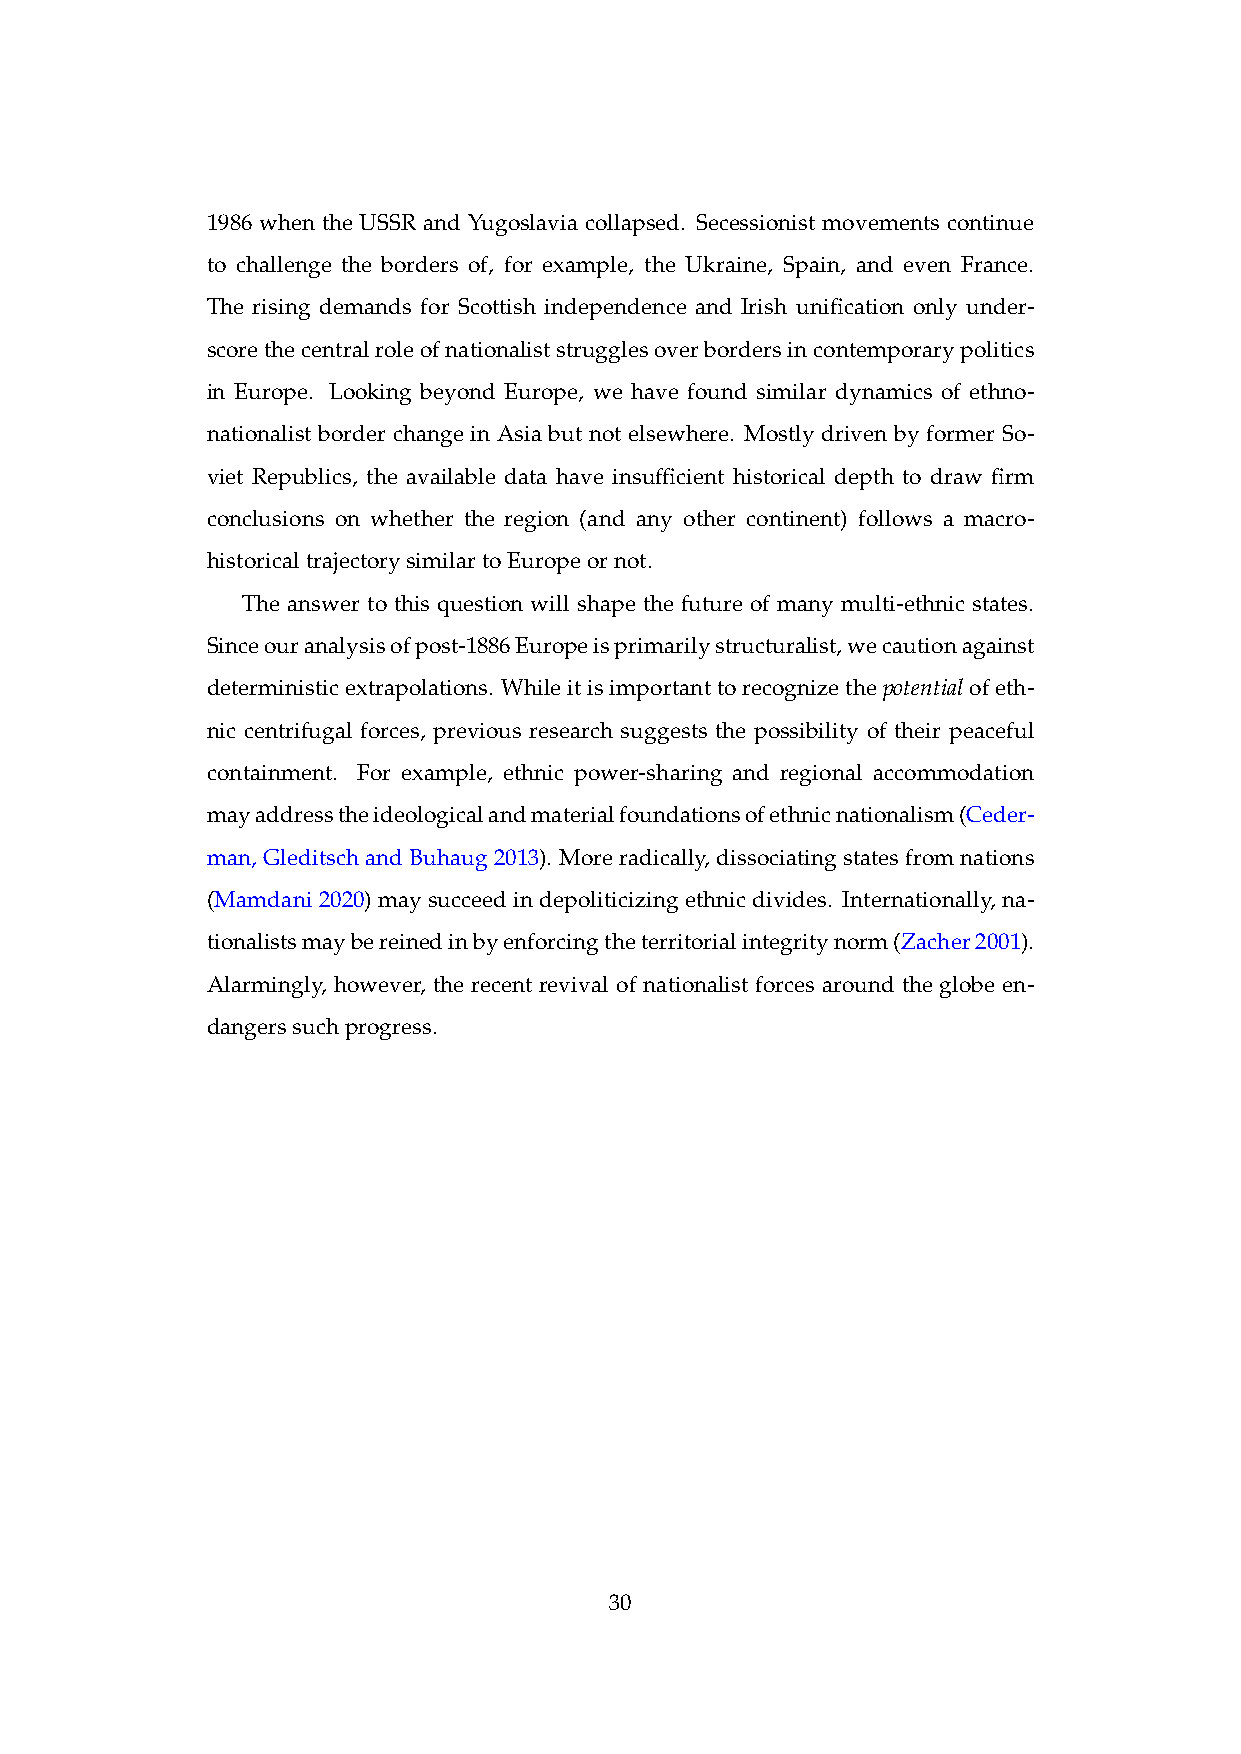
1986 when the USSR and Yugoslavia collapsed. Secessionist movements continue
 to challenge the borders of, for example, the Ukraine, Spain, and even France.
 The rising demands for Scottish independence and Irish unification only under-
 scorethecentralroleofnationaliststrugglesoverbordersincontemporarypolitics
 in Europe. Looking beyond Europe, we have found similar dynamics of ethno-
 nationalist border change in Asia but not elsewhere. Mostly driven by former So-
 viet Republics, the available data have insufficient historical depth to draw firm
 conclusions on whether the region (and any other continent) follows a macro-
 historicaltrajectorysimilartoEuropeornot.
 The answer to this question will shape the future of many multi-ethnic states.
 Sinceouranalysisofpost-1886Europeisprimarilystructuralist,wecautionagainst
 deterministicextrapolations. Whileitisimportanttorecognizethepotentialofeth-
 nic centrifugal forces, previous research suggests the possibility of their peaceful
 containment. For example, ethnic power-sharing and regional accommodation
 mayaddresstheideologicalandmaterialfoundationsofethnicnationalism(Ceder-
 man,GleditschandBuhaug2013). Moreradically,dissociatingstatesfromnations
 (Mamdani 2020) may succeed in depoliticizing ethnic divides. Internationally, na-
 tionalistsmaybereinedinbyenforcingtheterritorialintegritynorm(Zacher2001).
 Alarmingly, however, the recent revival of nationalist forces around the globe en-
 dangerssuchprogress.
 30